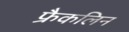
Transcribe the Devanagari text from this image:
फ्रैकलिन